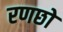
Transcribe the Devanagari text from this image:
रणछो